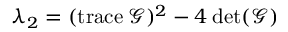
\lambda _ { 2 } = ( \mathrm { t r a c e } \: \mathcal { G } ) ^ { 2 } - 4 \: \mathrm { d e t } ( \mathcal { G } )